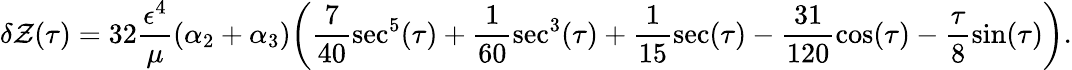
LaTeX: \delta\mathcal{Z}(\tau)=32\frac{{\epsilon^{4}}}{{\mu}}(\alpha_{2}+\alpha_{3})\bigg(\frac{{7}}{{40}}\sec^{5}(\tau)+\frac{1}{{60}}\sec^{3}(\tau)+\frac{1}{{15}}\sec(\tau)-\frac{{31}}{{120}}\cos(\tau)-\frac{{\tau}}{{8}}\sin(\tau)\bigg).